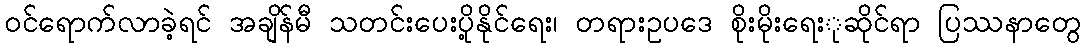
ဝင်ရောက်လာခဲ့ရင် အချိန်မီ သတင်းပေးပို့နိုင်ရေး၊ တရားဥပဒေ စိုးမိုးရေးုဆိုင်ရာ ပြဿနာတွေ